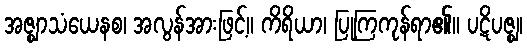
အဇ္ဈာသံယေနစ၊ အလွန်အားဖြင့်။ ကိရိယာ၊ ပြုကြကုန်ရာ၏။ ပဋိပဇ္ဈ၊